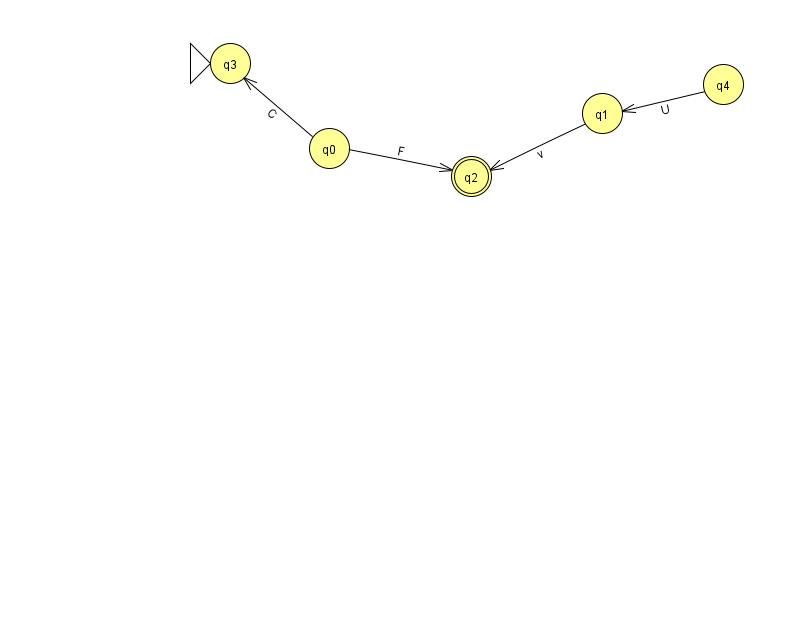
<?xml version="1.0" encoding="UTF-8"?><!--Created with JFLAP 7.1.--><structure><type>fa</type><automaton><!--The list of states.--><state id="0" name="q0"><x>329.0</x><y>135.0</y></state><state id="1" name="q1"><x>602.0</x><y>100.0</y></state><state id="2" name="q2"><x>471.0</x><y>163.0</y><final/></state><state id="3" name="q3"><x>230.0</x><y>50.0</y><initial/></state><state id="4" name="q4"><x>723.0</x><y>71.0</y></state><!--The list of transitions.--><transition><from>4</from><to>1</to><read>U</read></transition><transition><from>0</from><to>3</to><read>C</read></transition><transition><from>1</from><to>2</to><read>v</read></transition><transition><from>0</from><to>2</to><read>F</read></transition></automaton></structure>